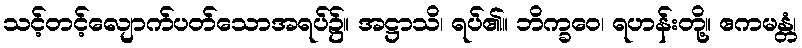
သင့်တင့်လျောက်ပတ်သောအရပ်၌။ အဋ္ဌာသိ၊ ရပ်၏။ ဘိက္ခဝေ၊ ရဟန်းတို့။ ဧကမန္တံ၊